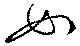
如